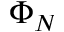
\Phi _ { N }